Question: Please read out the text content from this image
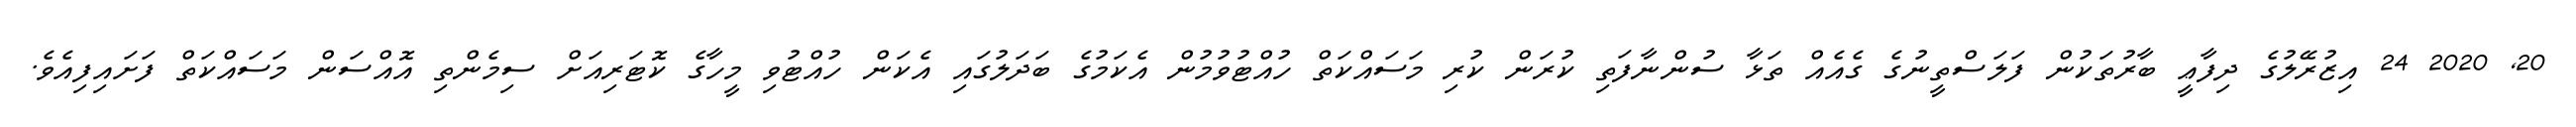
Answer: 20, 2020 24 އިޒުރޭލުގެ ދިފާޢީ ބާރުތަކުން ފަލަސްތީނުގެ ގެއެއް ތަޅާ ސުންނާފަތި ކުރަން ކުރި މަސައްކަތް ހުއްޓުވުމުން އެކަމުގެ ބަދަލުގައި އެކަން ހުއްޓުވި މީހާގެ ކޮޓަރިއަށް ސިމެންތި އޮއްސަން މަސައްކަތް ފަށައިފިއެވެ.